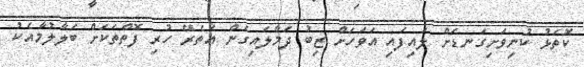
ކޮތަޅު ކުނިވަށިގަނޑަށް ލައިފައި އަވަހަށް ޒިބު ދަމާލައިގެން އެތެރޭ ހުރި ފޮތްތަކަށް ބަލާލުމާއެކު